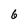
Character: 6